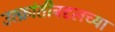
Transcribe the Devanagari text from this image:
उत्क्रांतीबद्दलच्या